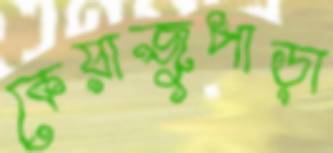
কেয়াজুপাড়া